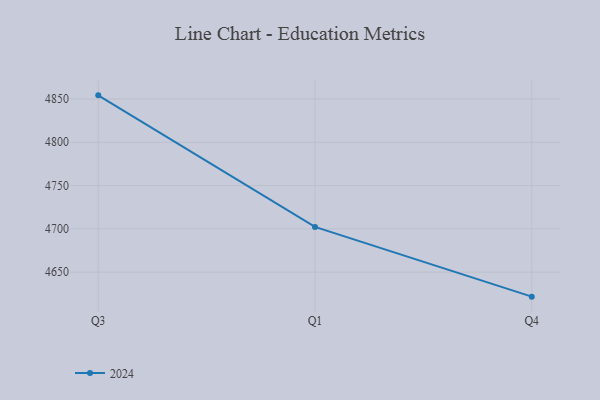
{"axis": {"x": "Quarter", "y": "Backlog"}, "legend": ["2024"], "data": [{"x": "Q3", "y": 4854.2, "type": "2024"}, {"x": "Q1", "y": 4702.2, "type": "2024"}, {"x": "Q4", "y": 4621.7, "type": "2024"}]}